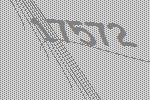
17572